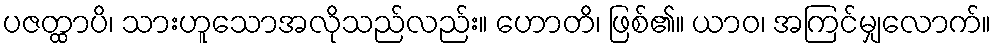
ပဇတ္ထာပိ၊ သားဟူသောအလိုသည်လည်း။ ဟောတိ၊ ဖြစ်၏။ ယာဝ၊ အကြင်မျှလောက်။